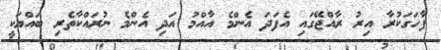
ފާހަގަކުރާ އިރު ރާއްޖޭގައި އެފަދަ އެންމެ އާއްމު އަދި އެންމެ ނުރައްކާތެރި ބައްޔަކީ